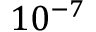
1 0 ^ { - 7 }